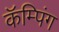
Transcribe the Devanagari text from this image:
कॅम्पिंग